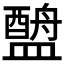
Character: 𬐶